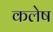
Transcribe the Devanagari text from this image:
कलेष